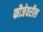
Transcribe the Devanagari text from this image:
फौजेवरील